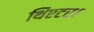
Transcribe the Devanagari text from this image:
थिएटर।